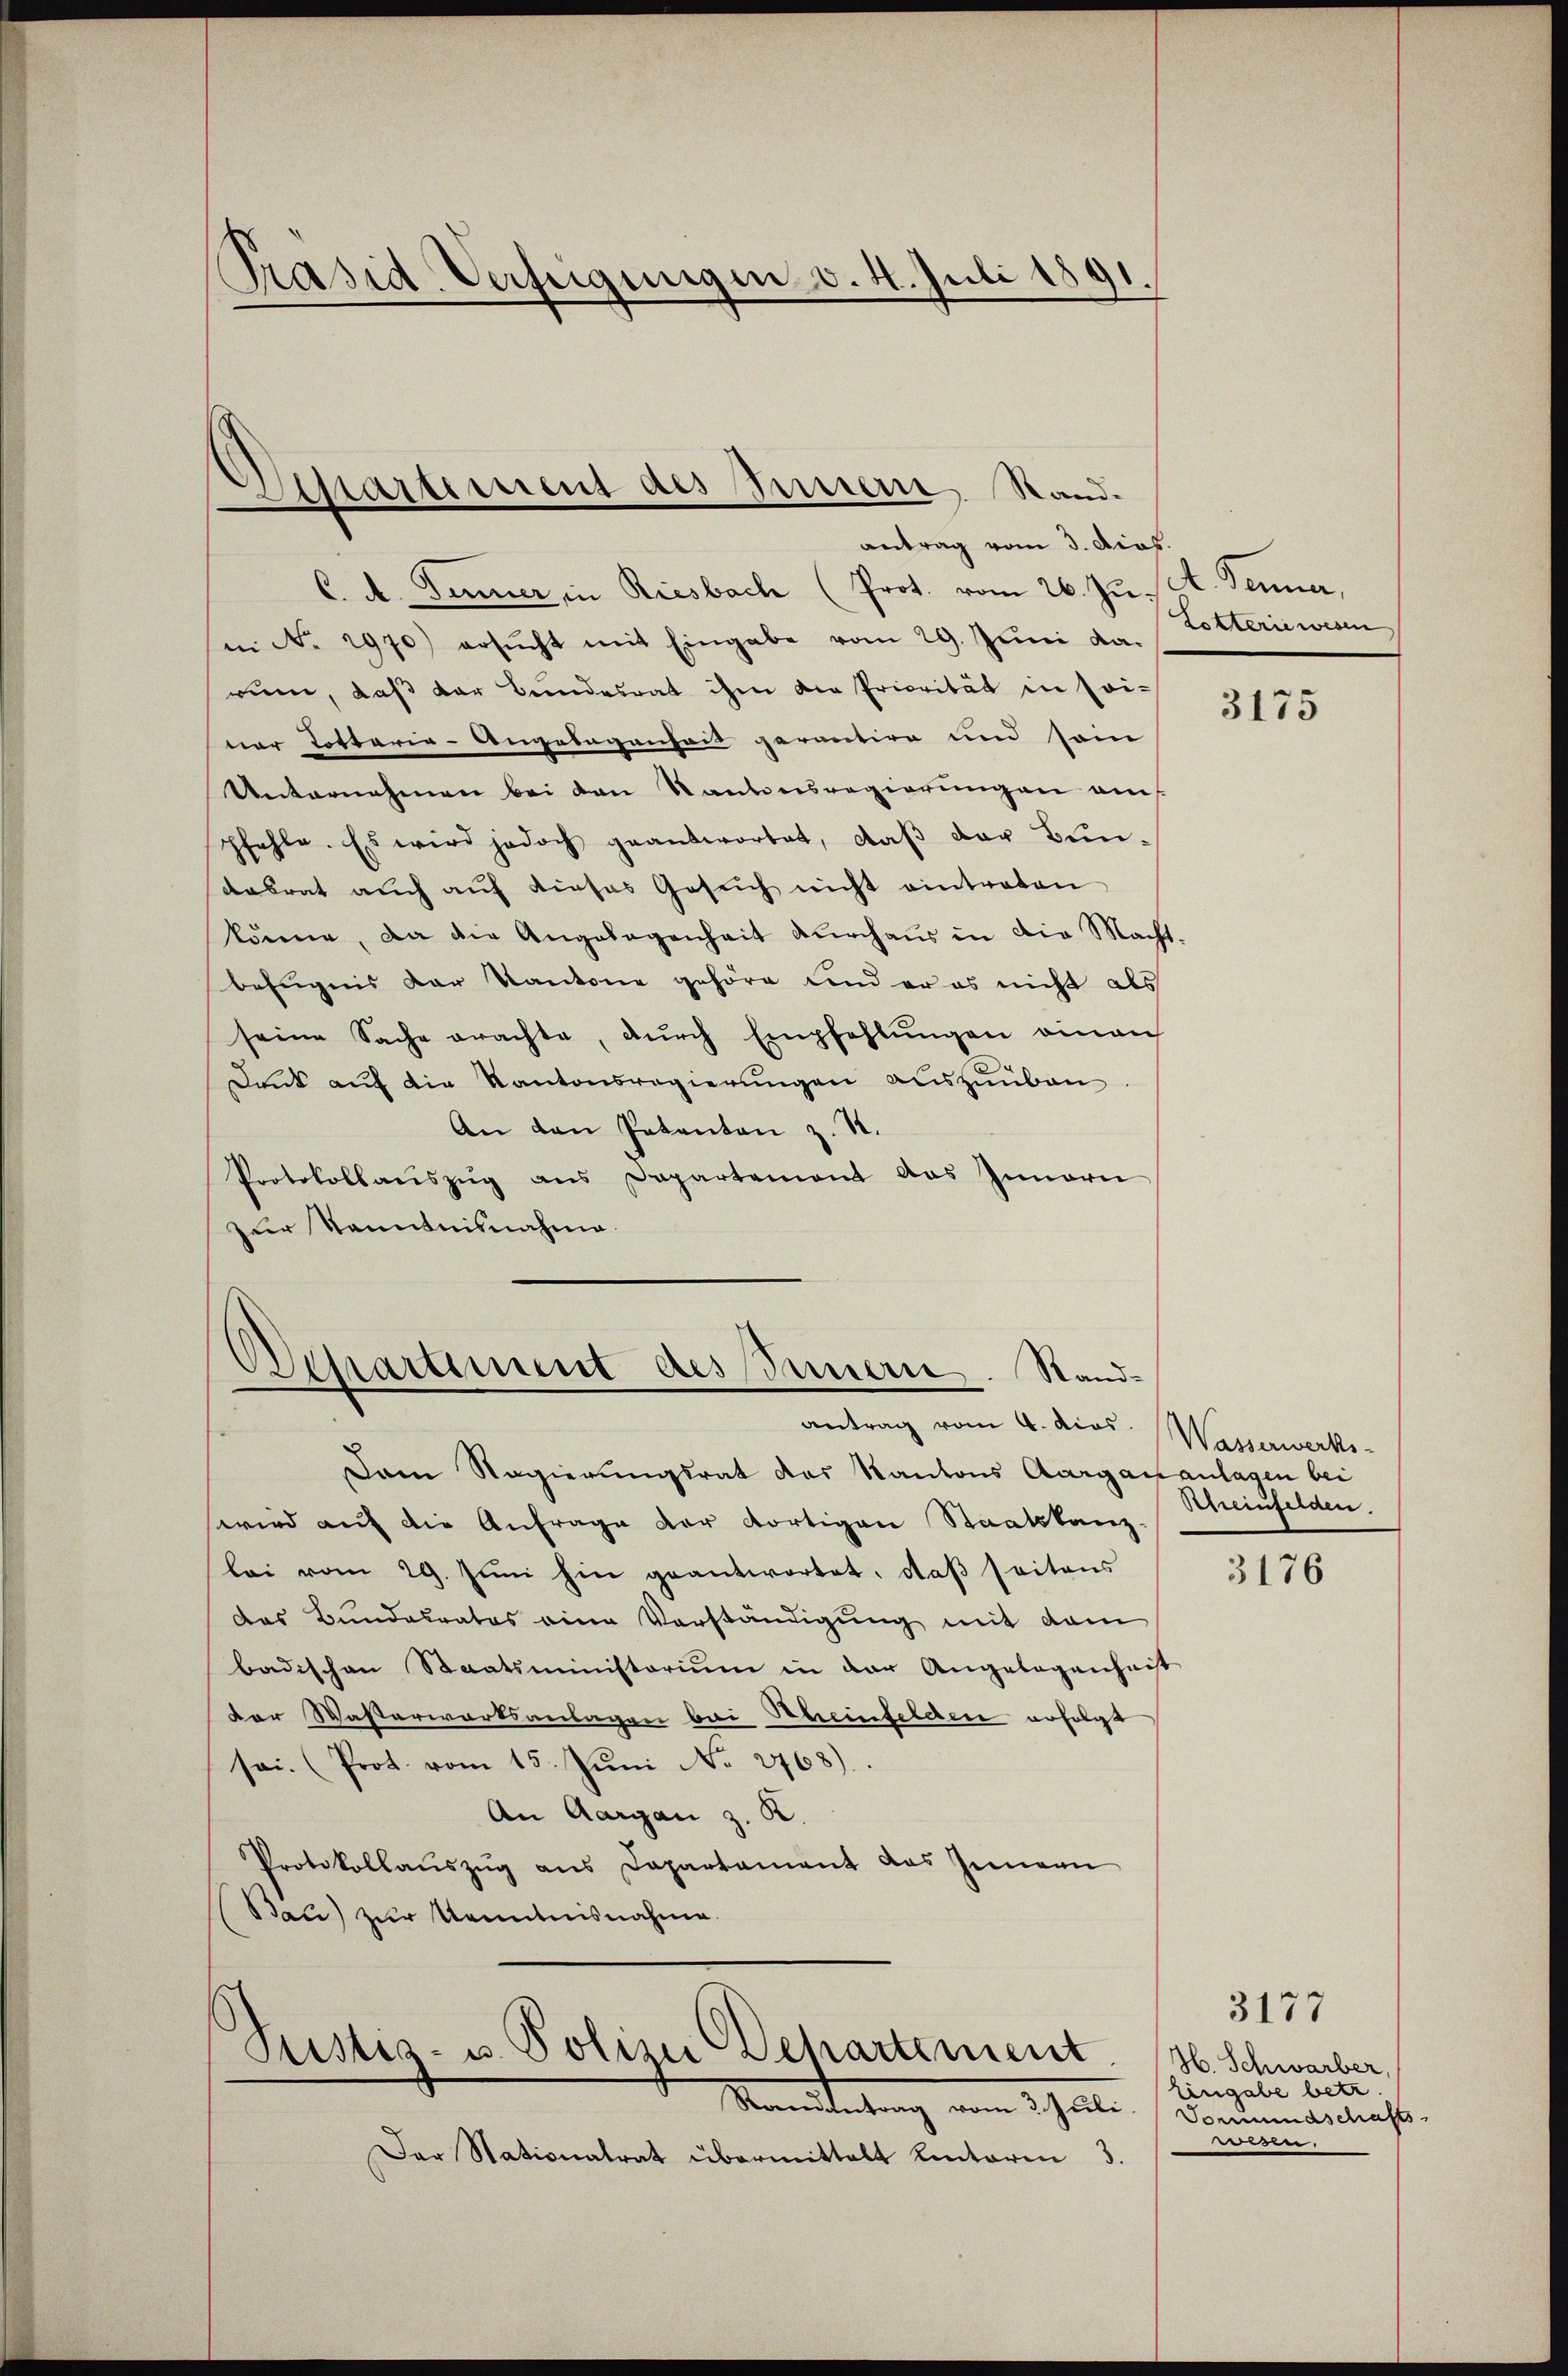
Präsid. Verfügungen v. 4. Juli 1891.

C. A. Gener in Riesbach (Prot. vom 26. Ju. A. Jenner,
in No. 2970) ersŭcht mit Eingabe vom 29. Jŭni da.
rum, daß der Bundesrat ihm die Priorität in soi-
ner Tottaria-Angelegenheit gerantire und sein
Unternehmen bei den Kantonsregierungen auf
pfehle. Es wird jedoch geantwortet, daß der Bundasrat auch aŭf dieses Gesŭch nicht eintraten
könne, da die Angelegenheit durchaus in die Macht-
befugnis der Kantone gehöre und er es nicht als
seine Sache erachte, dŭrch Empfehlŭngen einan
Druck auf die Kantonsregierungen auszuüben
An den Patenten z. R.
Protokollauszug aus Departement das Innern
zur Kenntnisnahme.

Separtement des Sinnern, Stand.
antrag vom 3. dict.

Departiment des Innern. Standantrag vom 4. dies Wasserwerks-

Dam Regierungsrat des Kantons Aargauanlagen bei
wird auf die Anfrage der dortigen Staatskanz
lei vom 29. Jŭni hin geantwortet, daβ seitens
Das Bundesrates eine Vorständigung mit dem
badischen Staatsministerium in der Angebogenheit
der Wasterwortsanlagen bei Scheinfelden erfolgt
sei. (Prot. vom 15. Jŭni No 2768).
An Aargau z. R.
Protokollaŭszŭg ans Departament das Innern
Bau) zur Kenntnisnahme.

Pustes- u. Polizei Departement
Mamntertung vom Ja

Der Stationalrat übermittalt hinterm 3.

Lotterie wesen

3175

Scheinfelden

3176

3177
Jb. Schwarber,
Eingabe betr.
Vormundschafts
.